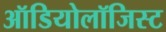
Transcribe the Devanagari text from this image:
ऑडियोलॉजिस्ट